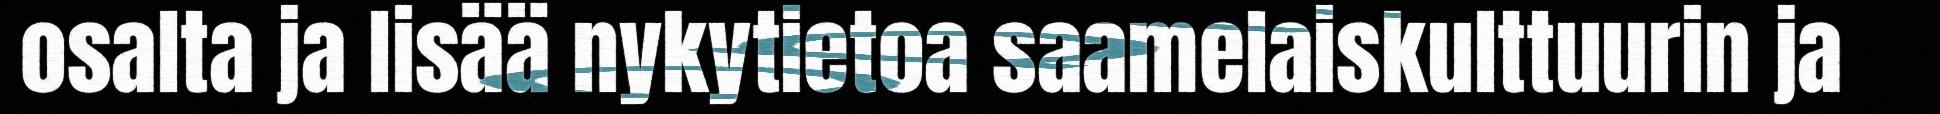
osalta ja lisää nykytietoa saamelaiskulttuurin ja